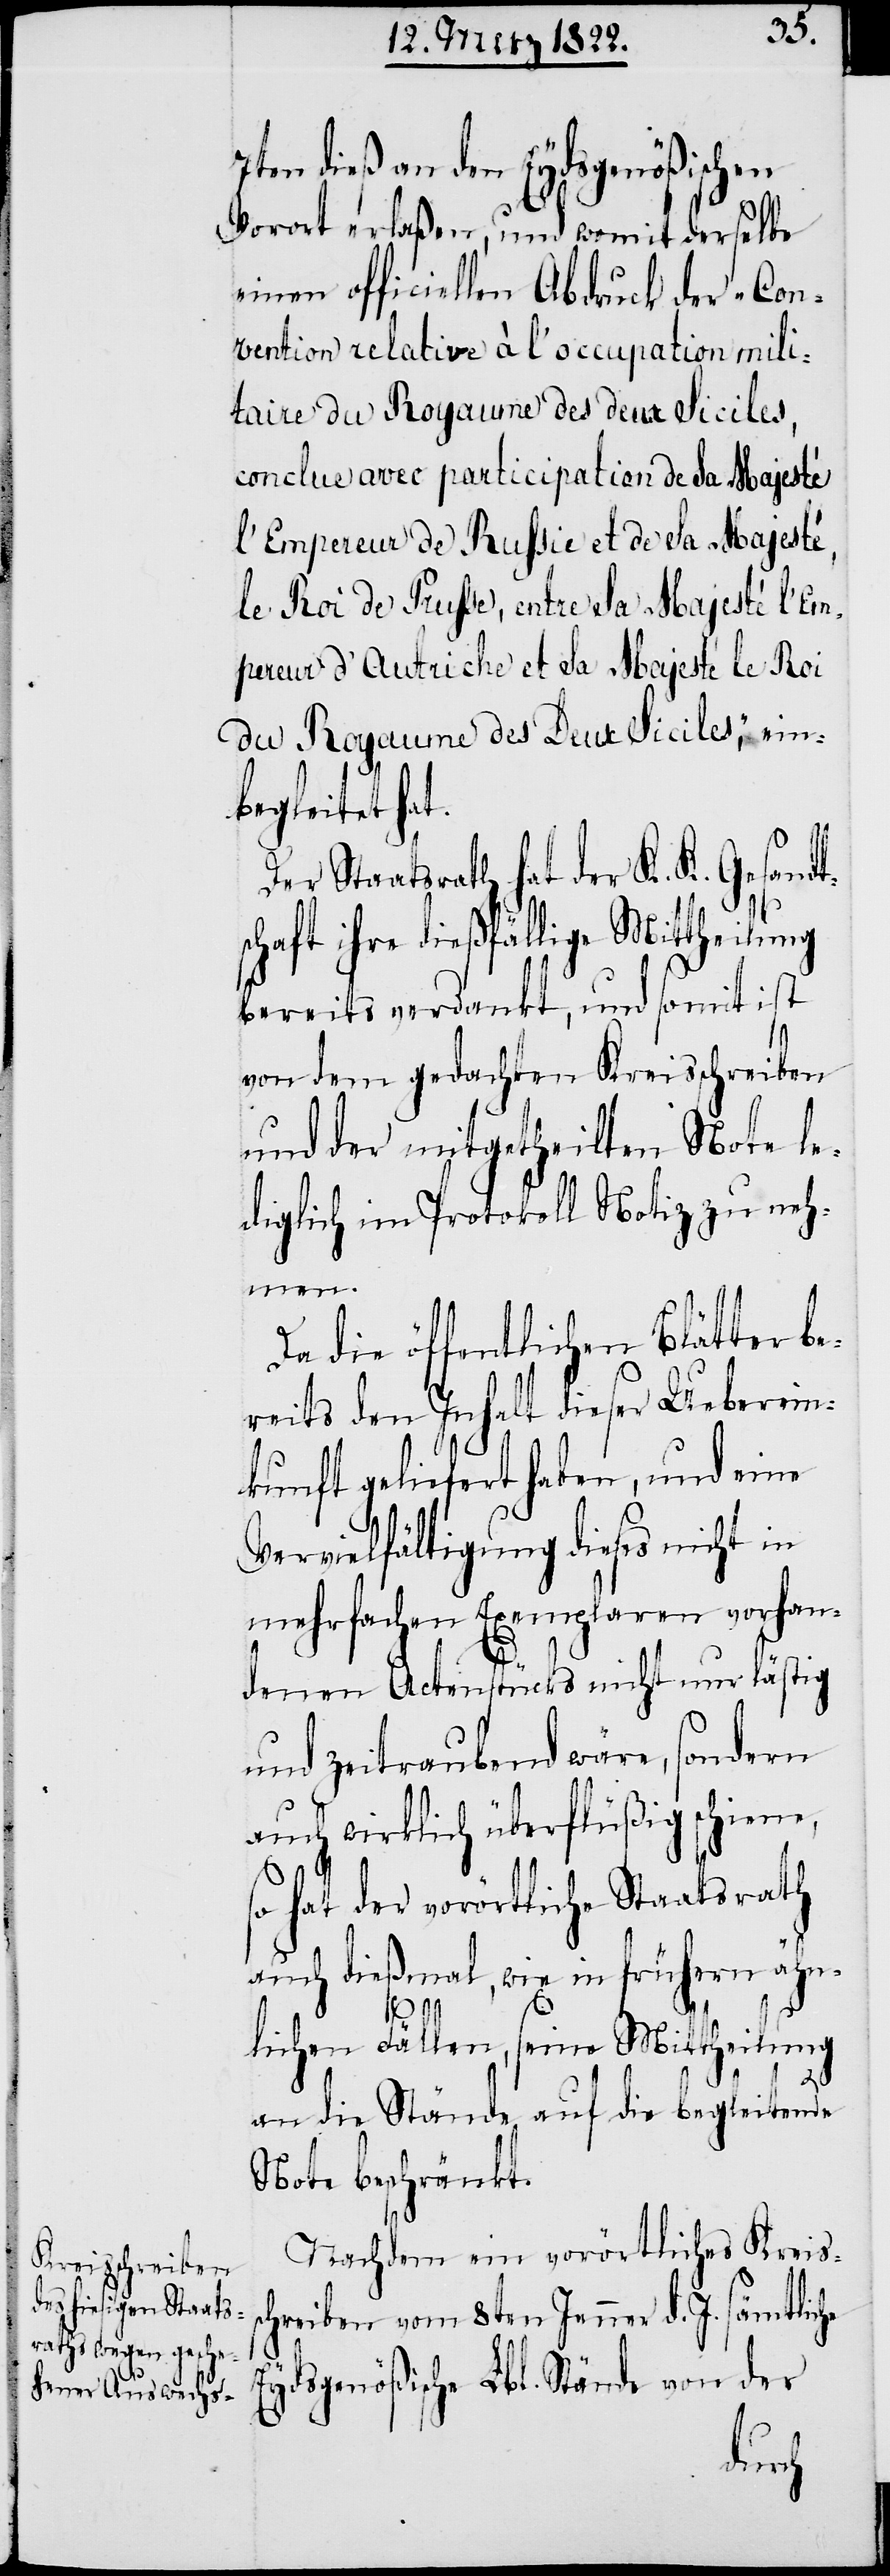
7ten dieß an den Eydsgenößischen
Vorort erlaßen, und womit derselben
einen officiellen Abdruck der „Con¬
vention relative à l’occupation mili¬
taire du Royaume des deux Siciles,
conclue avec participation de Sa Majesté
L’Empereur De Russie et de Sa Majesté,
le Roi de Prusse, entre Sa Majesté L’Em¬
pereur d’Autriche et Sa Majesté Le Roi
du Royaume des Deux Siciles“, ein¬
begleitet hat.
Der Staatsrath hat der K. K. Gesandt¬
schaft ihre dießfällige Mittheilung
bereits verdankt, und somit ist
von dem gedachten Kreisschreiben
und der mitgetheilten Note le¬
diglich im Protokoll Notiz zu neh¬
men.
Da die öffentlichen Blätter be¬
reits den Inhalt dieser Ueberein¬
kunft geliefert haben, und eine
Vervielfältigung dieses nicht in
mehrfachen Exemplaren vorhan¬
denen Actenstücks nicht nur lästig
und zeitraubend wäre, sondern
auch wirklich überflüßig schiene,
so hat der vorörtliche Staatsrath
auch dießmal, wie in frühern ähn¬
s¬
che
lichen Fällen, seine Mittheilung
an die Stände auf die begleitende
Note beschränkt.
Nachdem ein vorörtliches Kreis¬
chreiben vom 8ten Jenner d .J. sämmtli¬
Eydsgenößische Lbl. Stände von der